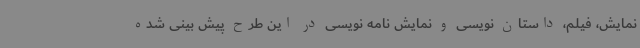
نمایش، فیلم، داستان نویسی و نمایش نامه نویسی در این طرح پیش بینی شده